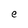
Character: e